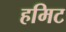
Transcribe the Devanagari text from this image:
हमिट